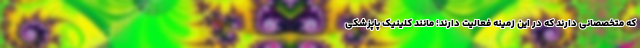
که متخصصانی دارند که در این زمینه فعالیت دارند؛ مانند کلینیک پاپزشکی